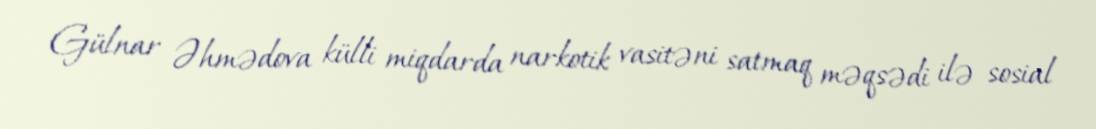
Gülnar Əhmədova külli miqdarda narkotik vasitəni satmaq məqsədi ilə sosial